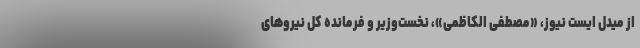
از میدل ایست نیوز، «مصطفی الکاظمی»، نخست‌وزیر و فرمانده کل نیروهای